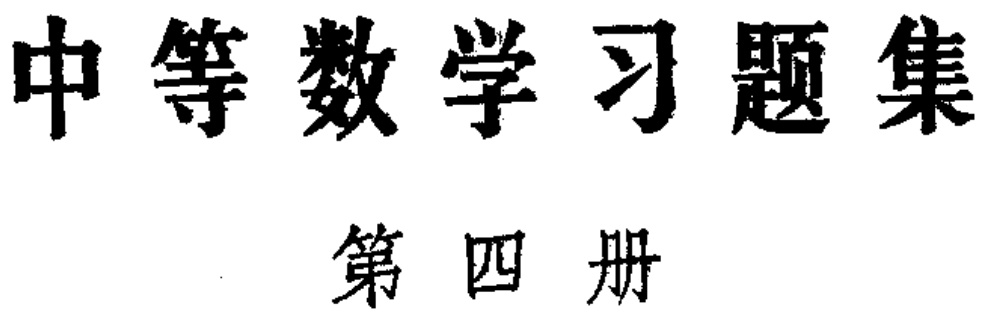
\documentclass{article}

\begin{document}

中等数学习题集

第四册

\end{document}